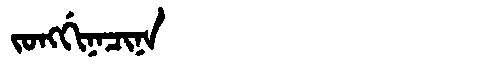
Manchu: ᠵᠣᠩᡤᡳᠨᠠᠴᡳᠨᠠ
Romanization: JONGGINACINA